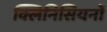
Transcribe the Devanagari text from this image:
क्लिनिसियनों